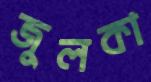
জুলকা